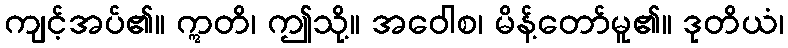
ကျင့်အပ်၏။ ဣတိ၊ ဤသို့။ အဝေါစ၊ မိန့်တော်မူ၏။ ဒုတိယံ၊